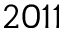
2 0 1 1